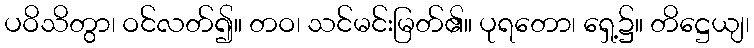
ပဝိသိတွာ၊ ဝင်လတ်၍။ တဝ၊ သင်မင်းမြတ်၏။ ပုရတော၊ ရှေ့၌။ တိဋ္ဌေယျ၊